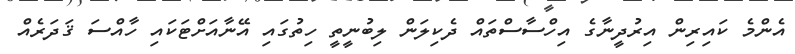
އެންމެ ކައިރިން އިރުދީނާގެ އިހްސާސްތައް ދެކިލަން ލިބުނީތީ ހިތުގައި އޭނާއަށްޓަކައި ހާއްސަ ޤަދަރެއް